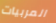
المربيات